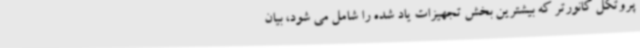
پروتکل کانورتر که بیشترین بخش تجهیزات یاد شده را شامل می شود، بیان